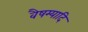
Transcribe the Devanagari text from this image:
वैषम्यादि